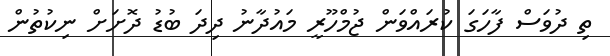
ތި ދުވަސް ފާހަގަ ކުރައްވަން ޖުމްހޫރީ މައުދާނު ދިދަ ބުޑު ދޮށަށް ނިކުތުން